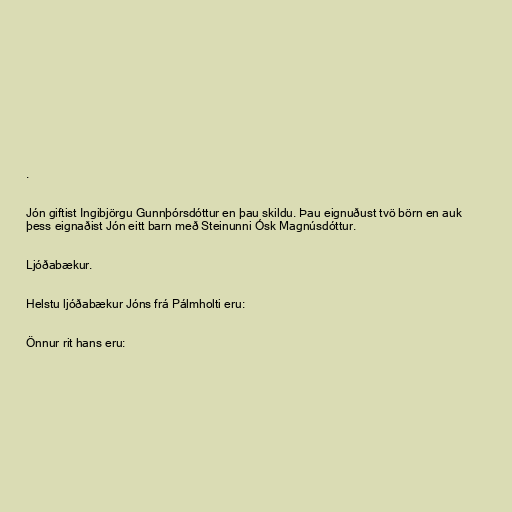
.

Jón giftist Ingibjörgu Gunnþórsdóttur en þau skildu. Þau eignuðust tvö börn en auk
þess eignaðist Jón eitt barn með Steinunni Ósk Magnúsdóttur.

Ljóðabækur.

Helstu ljóðabækur Jóns frá Pálmholti eru:

Önnur rit hans eru: